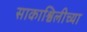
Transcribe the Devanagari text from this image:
साकाश्विलीच्या